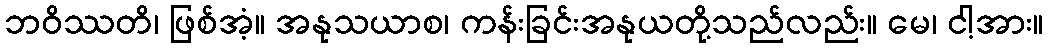
ဘဝိဿတိ၊ ဖြစ်အံ့။ အနုသယာစ၊ ကန်းခြင်းအနုယတို့သည်လည်း။ မေ၊ ငါ့အား။